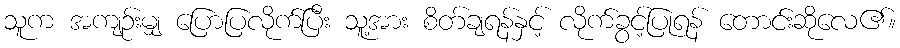
သူက အကျဉ်းမျှ ပြောပြလိုက်ပြီး သူ့အား စိတ်ချရန်နှင့် လိုက်ခွင့်ပြုရန် တောင်းဆိုလေ၏။